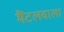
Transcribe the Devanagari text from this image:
मैंटलवाला